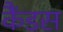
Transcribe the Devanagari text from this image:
कैंडस